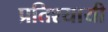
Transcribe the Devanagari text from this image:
प्रतिश्यायी